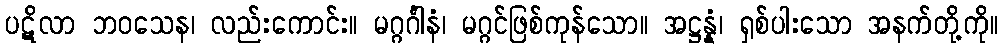
ပဋိလာ ဘဝသေန၊ လည်းကောင်း။ မဂ္ဂင်္ဂါနံ၊ မဂ္ဂင်ဖြစ်ကုန်သော။ အဋ္ဌန္နံ၊ ရှစ်ပါးသော အနက်တို့ကို။